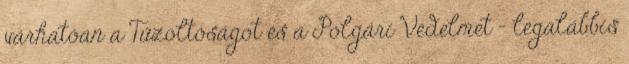
várhatóan a Tűzoltóságot és a Polgári Védelmet – legalábbis